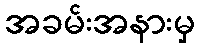
အခမ်းအနားမှ